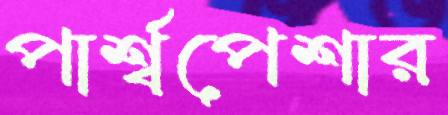
পার্শ্বপেশার